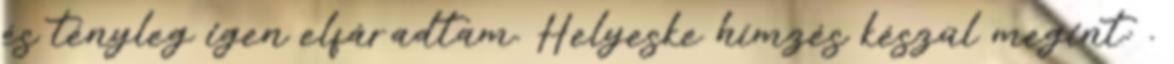
és tényleg igen elfáradtam. Helyeske hímzés készül megint: .